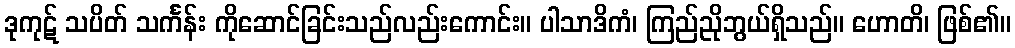
ဒုကုဋ် သပိတ် သင်္ကန်း ကိုဆောင်ခြင်းသည်လည်းကောင်း။ ပါသာဒိကံ၊ ကြည်ညိုဘွယ်ရှိသည်။ ဟောတိ၊ ဖြစ်၏။